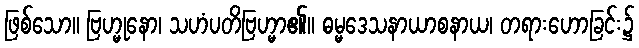
ဖြစ်သော။ ဗြဟ္မုနော၊ သဟံပတိဗြဟ္မာ၏။ ဓမ္မဒေသနာယာစနာယ၊ တရားဟောခြင်း၌